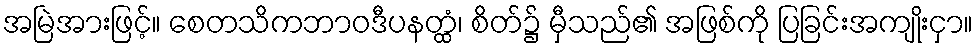
အမြဲအားဖြင့်။ စေတသိကဘာဝဒီပနတ္ထံ၊ စိတ်၌ မှီသည်၏ အဖြစ်ကို ပြခြင်းအကျိုးငှာ။